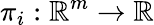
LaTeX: \pi_{i}:\mathbb{R}^{m}\to\mathbb{R}